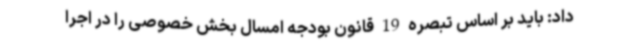
داد: باید بر اساس تبصره 19 قانون بودجه امسال بخش خصوصی را در اجرا